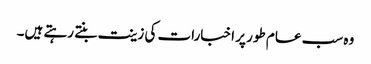
وہ سب عام طور پر اخبارات کی زینت بنتے رہتے ہیں۔